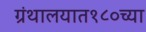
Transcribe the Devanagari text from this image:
ग्रंथालयात१८०च्या